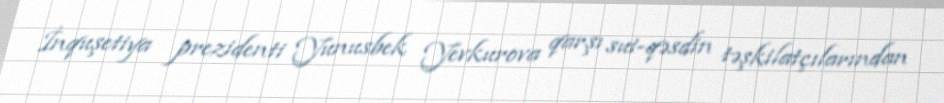
İnquşetiya prezidenti Yunusbek Yevkurova qarşı sui-qəsdin təşkilatçılarından